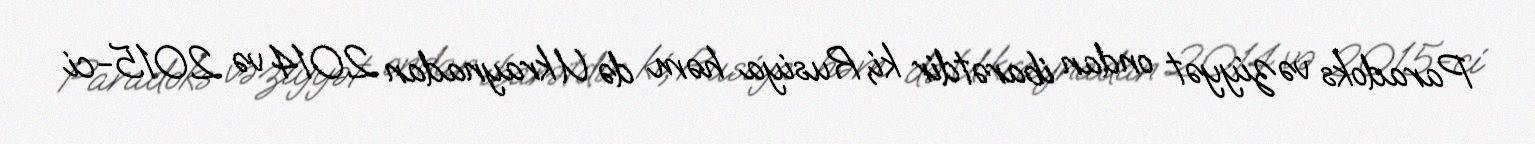
Paradoks vəziyyət ondan ibarətdir ki, Rusiya həm də Ukraynadan 2014 və 2015-ci